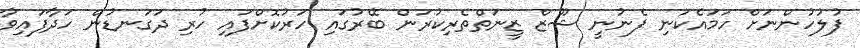
ފުލުހުންނަށް ހަމައެކަނި ފެނުނީ ޝޫޒް ޒީނަތްތެރިކުރަން ބޭރުގައި ހަރުކޮށްފައި ހުރި ދަގަނޑުން ހަދާފައިވާ